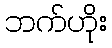
ဘက်ဟိုး